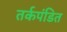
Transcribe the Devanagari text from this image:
तर्कपंडित